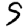
Digit: 9